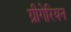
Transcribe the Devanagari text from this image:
ग्रीगेरियन